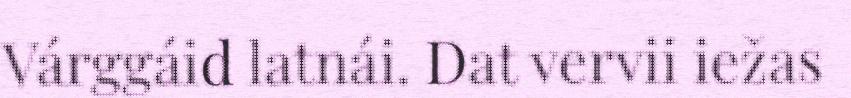
Várggáid latnái. Dat vervii iežas